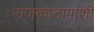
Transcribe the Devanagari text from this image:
राजकोटापाशी